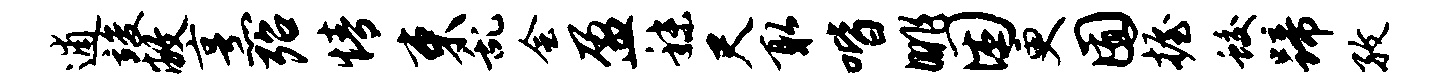
逋竣敝烹殆情束乱会盈秣尺取喈眺困更囿握蛟蹄孜